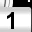
Digit: 1